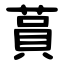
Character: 蒷